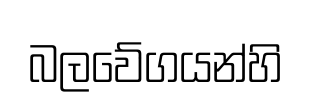
බලවේගයන්හි